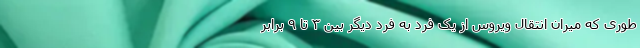
طوری که میران انتقال ویروس از یک فرد به فرد دیگر بین ۳ تا ۹ برابر